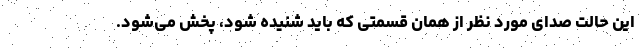
این حالت صدای مورد نظر از همان قسمتی که باید شنیده شود، پخش می‌شود.